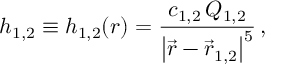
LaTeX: { h _ { 1 , 2 } } \equiv { h _ { 1 , 2 } } ( r ) = { \frac { c _ { 1 , 2 } \, Q _ { 1 , 2 } } { \left| \vec { r } - \vec { r } _ { 1 , 2 } \right| ^ { 5 } } } \, ,